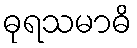
ဓုရသမာဓိ